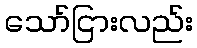
သော်ငြားလည်း